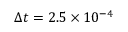
\Delta t = 2 . 5 \times 1 0 ^ { - 4 }